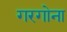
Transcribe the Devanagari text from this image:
गरगोना